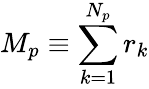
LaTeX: M_{p}\equiv\sum_{k=1}^{N_{p}}r_{k}